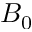
B _ { 0 }